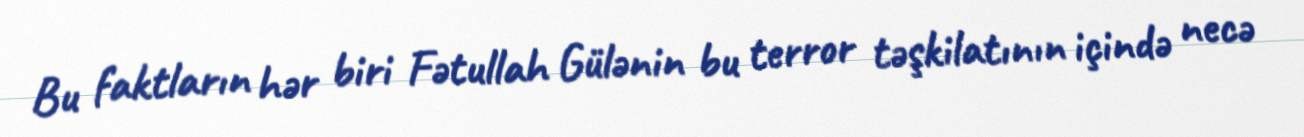
Bu faktların hər biri Fətullah Gülənin bu terror təşkilatının içində necə